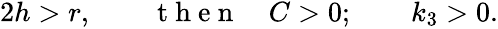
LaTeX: \begin{array}{r}{2h>r,\qquad\mathrm{~t~h~e~n~}\quad C>0;\qquad k_{3}>0.}\end{array}